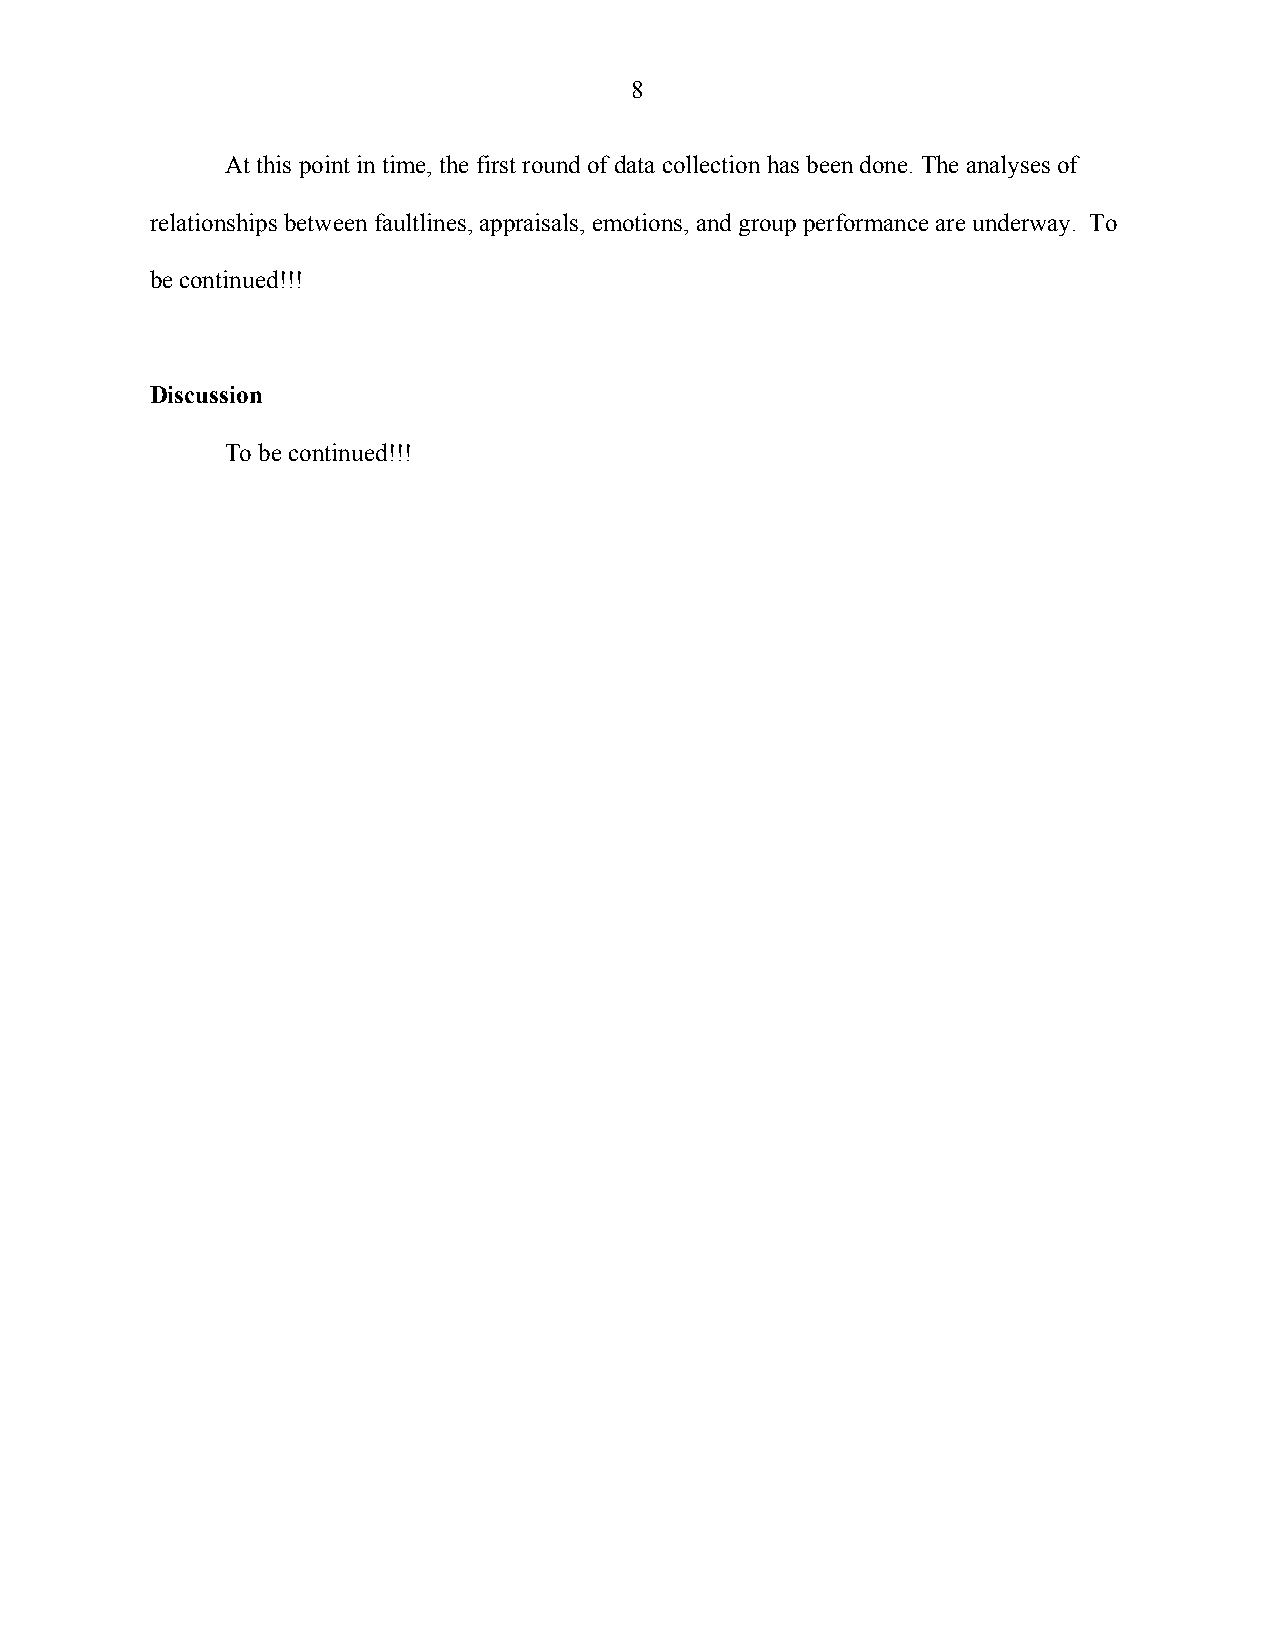
8
 At this point in time, the first round of data collection has been done. The analyses of
 relationships between faultlines, appraisals, emotions, and group performance are underway. To
 be continued!!!
 Discussion
 To be continued!!!